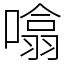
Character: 噏